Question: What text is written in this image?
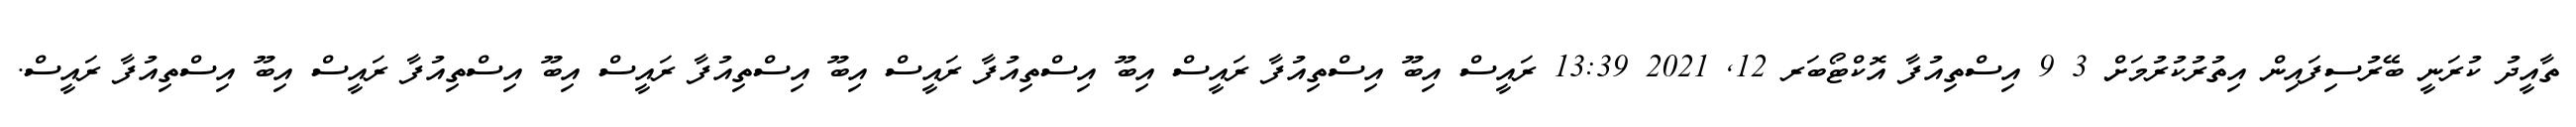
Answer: ތާއީދު ކުރަނީ ބޭރުސިފައިން އިތުރުކުރުމަށް 3 9 އިސްތިއުފާ އޮކްޓޯބަރ 12, 2021 13:39 ރައީސް އިބޫ އިސްތިއުފާ ރައީސް އިބޫ އިސްތިއުފާ ރައީސް އިބޫ އިސްތިއުފާ ރައީސް އިބޫ އިސްތިއުފާ ރައީސް އިބޫ އިސްތިއުފާ ރައީސް.